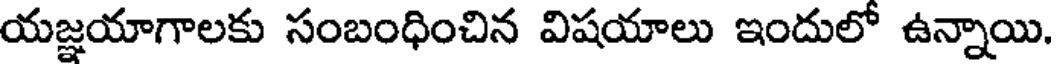
యజ్ఞయాగాలకు సంబంధించిన విషయాలు ఇందులో ఉన్నాయి